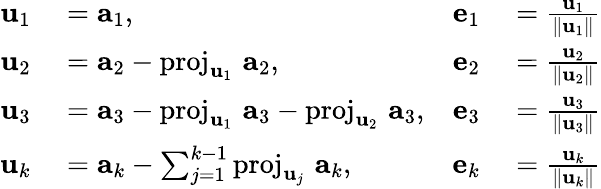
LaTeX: \begin{array}{rlrl}{\mathbf{u}_{1}}&{{}=\mathbf{a}_{1},}&{\mathbf{e}_{1}}&{{}={\frac{\mathbf{u}_{1}}{\| \mathbf{u}_{1}\| }}}\\ {\mathbf{u}_{2}}&{{}=\mathbf{a}_{2}-\operatorname{proj}_{\mathbf{u}_{1}}\, \mathbf{a}_{2},}&{\mathbf{e}_{2}}&{{}={\frac{\mathbf{u}_{2}}{\| \mathbf{u}_{2}\| }}}\\ {\mathbf{u}_{3}}&{{}=\mathbf{a}_{3}-\operatorname{proj}_{\mathbf{u}_{1}}\, \mathbf{a}_{3}-\operatorname{proj}_{\mathbf{u}_{2}}\, \mathbf{a}_{3},}&{\mathbf{e}_{3}}&{{}={\frac{\mathbf{u}_{3}}{\| \mathbf{u}_{3}\| }}}\\ {\mathbf{u}_{k}}&{{}=\mathbf{a}_{k}-\sum_{j=1}^{k-1}\operatorname{proj}_{\mathbf{u}_{j}}\, \mathbf{a}_{k},}&{\mathbf{e}_{k}}&{{}={\frac{\mathbf{u}_{k}}{\| \mathbf{u}_{k}\| }}}\end{array}